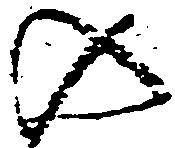
の